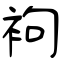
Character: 袧